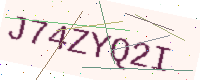
Text: J74ZYQ2I